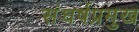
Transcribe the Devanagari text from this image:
संघर्षप्रमुख